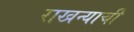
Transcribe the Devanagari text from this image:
राखन्याची